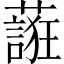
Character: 𬞷